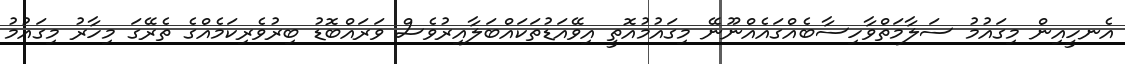
އެނހީއިން މިގައުމު ސަލާމަތްވާހިސާބެއްގައެއްނޫނޭ މިގައުމުއޮތީ އިވޭއަޑުތަކައްބަލާއިރުވެސް ވަރައްބޮޑު ބިރުވެރިކަމެއްގެ ތެރޭގަ މިހާރު މިގައުމު